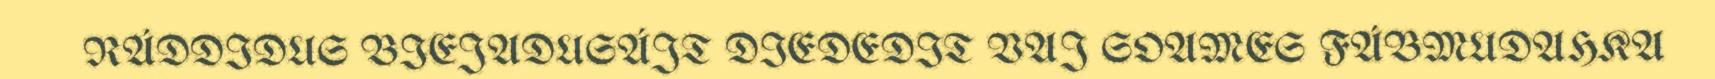
RÁDDIDUS BIEJADUSÁJT DIEDEDIT VAJ SOAMES FÁBMUDAHKA